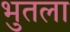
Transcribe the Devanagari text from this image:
भुतला